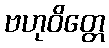
ဗဟုဝိတ္တေ